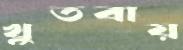
খুতবায়